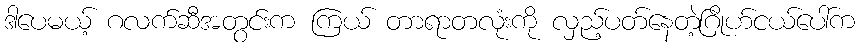
ဒါပေမယ့် ဂလက်ဆီအတွင်းက ကြယ် တာရာတလုံးကို လှည့်ပတ်နေတဲ့ဂြိုဟ်ငယ်ပေါ်က